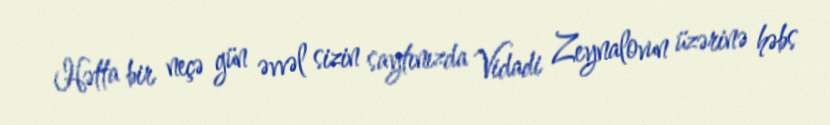
Hətta bir neçə gün əvvəl sizin saytınızda Vidadi Zeynalovun üzərinə həbs